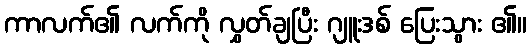
ကာလက်၏ လက်ကို လွှတ်ချပြီး ဂျူးဒစ် ပြေးသွား ၏။